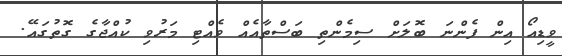
ވީޑިއޯ އިން ފެންނަ ބޮލަށް ސިމެންތި ބަސްތާއެއް ވެއްޓި މަރުވި ކުއްޖާގެ ގޮތުގައޭ.